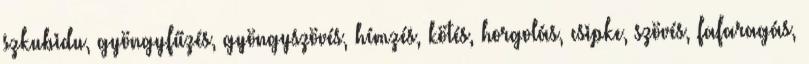
szkubidu, gyöngyfűzés, gyöngyszövés, hímzés, kötés, horgolás, csipke, szövés, fafaragás,